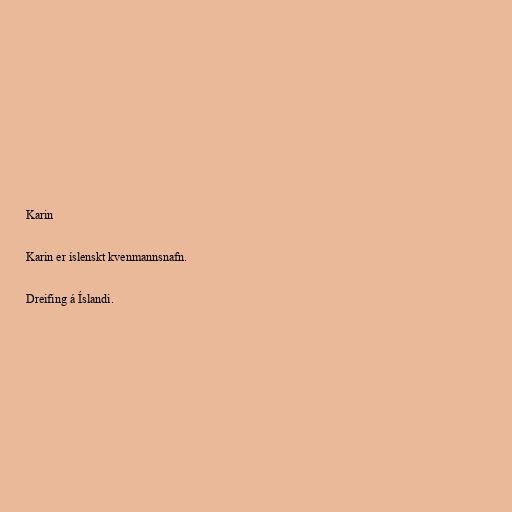
Karin

Karin er íslenskt kvenmannsnafn.

Dreifing á Íslandi.